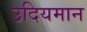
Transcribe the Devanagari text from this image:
उदियमान